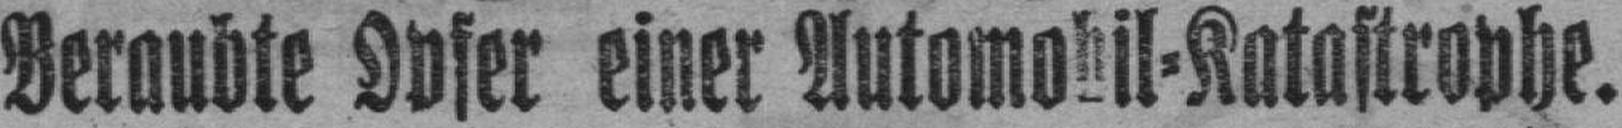
Beraubte Opfer einer Automobil=Katastrophe.